Regulations for the medical services of the Army of India
Year: 1930
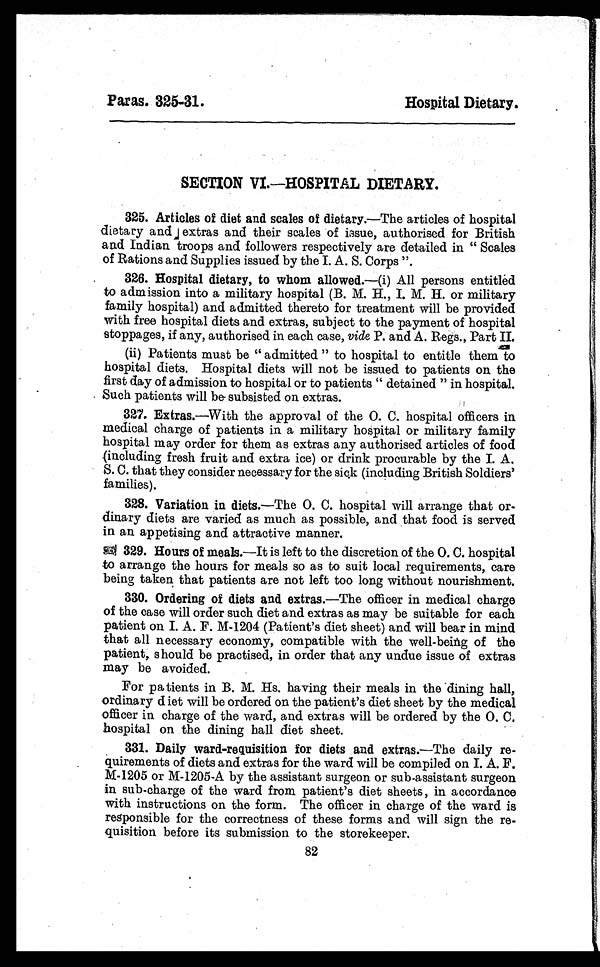
Paras. 325-31.
Hospital Dietary.
SECTION VI.—HOSPITAL DIETARY.
325. Articles of diet and scales of dietary.—The articles of hospital
dietary and extras and their scales of issue, authorised for British
and Indian troops and followers respectively are detailed in "Scales
of Rations and Supplies issued by the I. A. S. Corps".
326. Hospital dietary, to whom allowed. —(i) All persons entitled
to admission into a military hospital (B. M. H., I. M. H. or military
family hospital) and admitted thereto for treatment will be provided
with free hospital diets and extras, subject to the payment of hospital
stoppages, if any, authorised in each case, vide P. and A. Regs., Part II.
(ii) Patients must be "admitted" to hospital to entitle them to
hospital diets. Hospital diets will not be issued to patients on the
first day of admission to hospital or to patients "detained" in hospital.
Such patients will be subsisted on extras.
327. Extras.—With the approval of the O. C. hospital officers in
medical charge of patients in a military hospital or military family
hospital may order for them as extras any authorised articles of food
(including fresh fruit and extra ice) or drink procurable by the I. A.
S. C. that they consider necessary for the sick (including British Soldiers'
families).
328. Variation in diets.—The O. C. hospital will arrange that or--
dinary diets are varied as much as possible, and that food is served
in an appetising and attractive manner.
329. Hours of meals.—It is left to the discretion of the O. C. hospital
to arrange the hours for meals so as to suit local requirements, care
being taken that patients are not left too long without nourishment.
300. Ordering of diets and extras. —The officer in medical charge
of the case will order such diet and extras as may be suitable for each
patient on I. A. F. M-1204 (Patient's diet sheet) and will bear in mind
that all necessary economy, compatible with the well-being of the
patient, should be practised, in order that any undue issue of extras
may be avoided.
For patients in B. M. Hs. having their meals in the dining hall,
ordinary diet will be ordered on the patient's diet sheet by the medical
officer in charge of the ward, and extras will be ordered by the O. C.
hospital on the dining hall diet sheet.
331. Daily ward-requisition for diets and extras.—The daily re-
-quirements of diets and extras for the ward will be compiled on I. A. F.
M-1205 or M-1205-A by the assistant surgeon or sub-assistant surgeon
in sub-charge of the ward from patient's diet sheets, in accordance
with instructions on the form. The officer in charge of the ward is
responsible for the correctness of these forms and will sign the re-
quisition before its submission to the storekeeper.
82